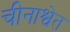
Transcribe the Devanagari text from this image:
चीनाश्वेत